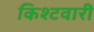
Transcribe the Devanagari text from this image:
किश्टवारी